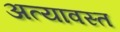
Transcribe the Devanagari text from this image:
अत्यावस्त